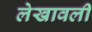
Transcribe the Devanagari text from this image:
लेखावली